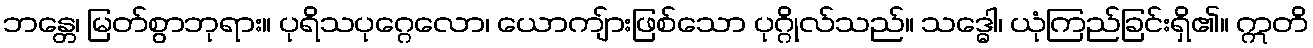
ဘန္တေ၊ မြတ်စွာဘုရား။ ပုရိသပုဂ္ဂေလော၊ ယောကျ်ားဖြစ်သော ပုဂ္ဂိုလ်သည်။ သဒ္ဓေါ၊ ယုံကြည်ခြင်းရှိ၏။ ဣတိ